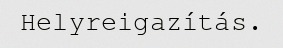
Helyreigazítás.